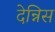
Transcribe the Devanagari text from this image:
देन्निस